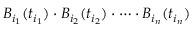
B _ { i _ { 1 } } ( t _ { i _ { 1 } } ) \cdot B _ { i _ { 2 } } ( t _ { i _ { 2 } } ) \cdot \dots \cdot B _ { i _ { n } } ( t _ { i _ { n } } )